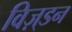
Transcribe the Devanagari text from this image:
विज़्डन